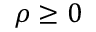
\rho \ge 0